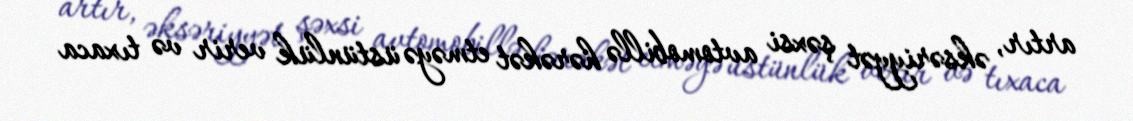
artır, əksəriyyət şəxsi avtomobillə hərəkət etməyə üstünlük verir və tıxaca